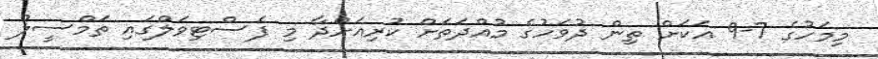
މިމަހުގެ 7-9 އަކަށް ތިން ދުވަހުގެ މުއްދަތަށް ކުރިއަށްދާ މި ފެސްޓިވަލްގައި ތަމްސީލް